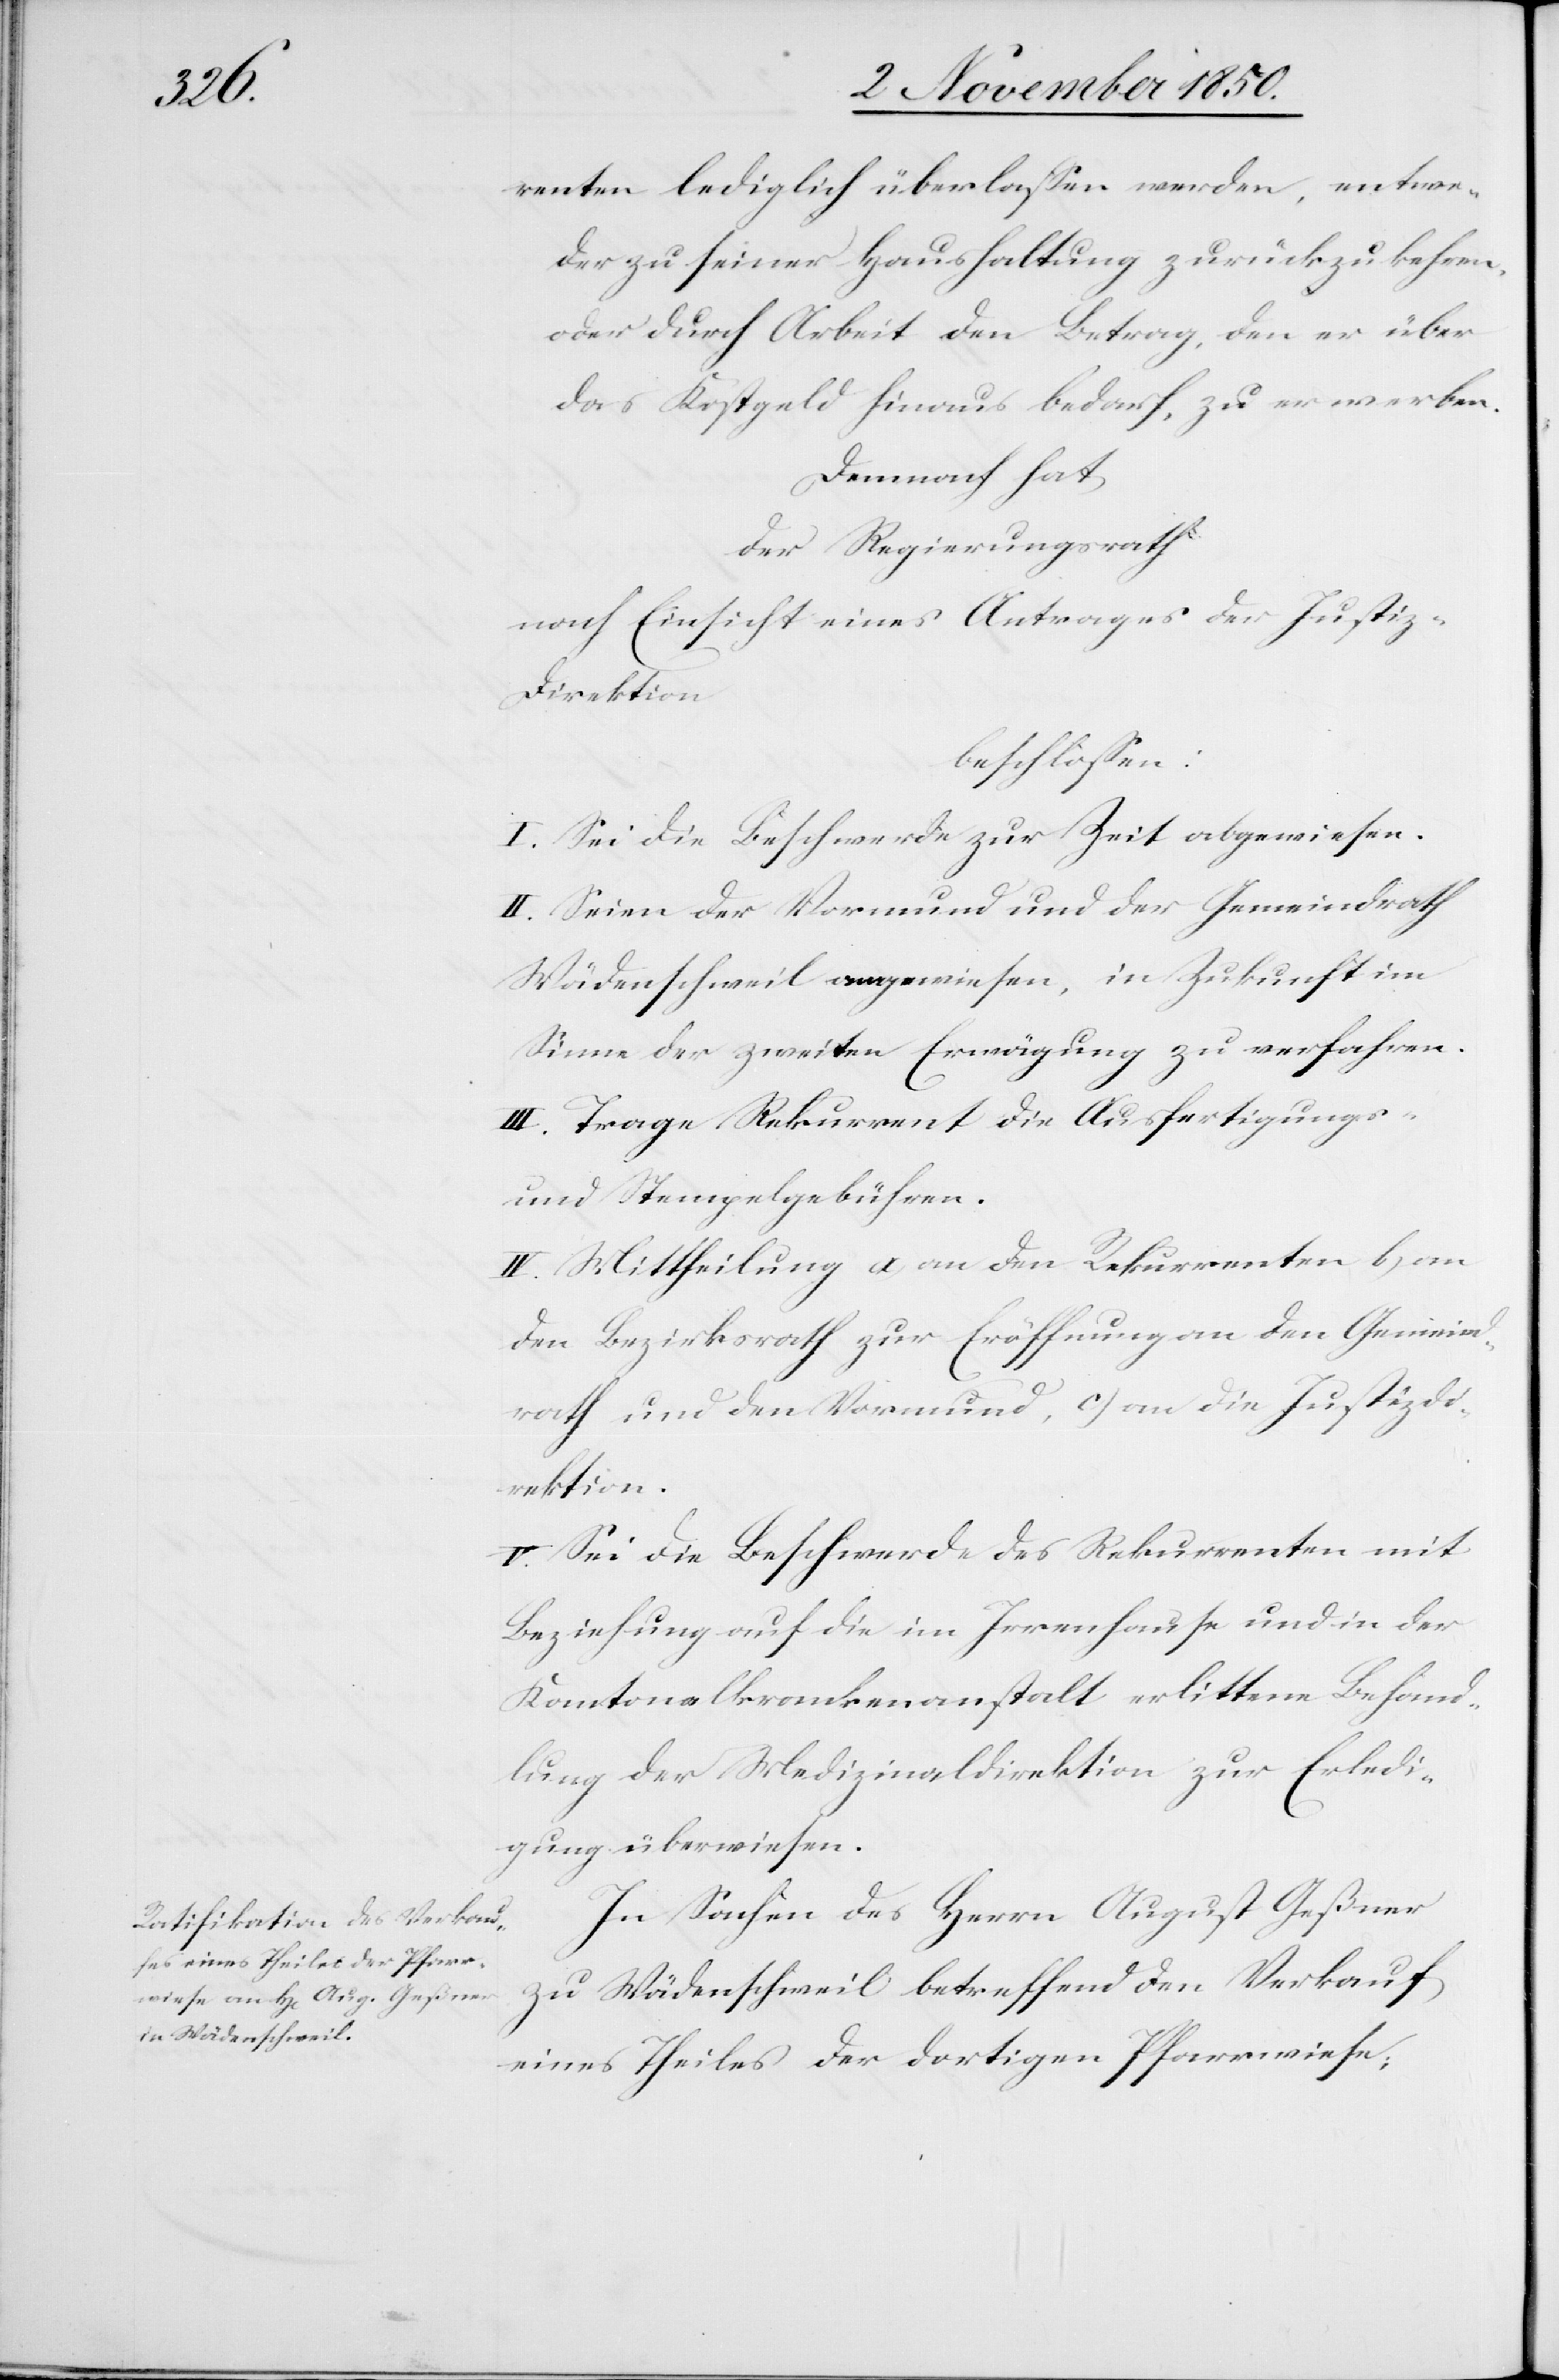
renten lediglich überlassen werden, entwe¬
der zu seiner Haushaltung zurückzukehren,
oder durch Arbeit den Betrag, den er über
das Kostgeld hinaus bedarf, zu erwerben.
Demnach hat
der Regierungsrath
nach Einsicht eines Antrages der Justiz-D¬
irektion
beschlossen:
I. Sei die Beschwerde zur Zeit abgewiesen.
II. Seien der Vormund und der Gemeindrath
Wädenschweil angewiesen, in Zukunft im
Sinne der zweiten Erwägung zu verfahren.
III. Trage Rekurrent die Ausfertigungs-
und Stempelgebühren.
IV. Mittheilung a) an den Rekurrenten b) an
den Bezirksrath zur Eröffnung an den Gemeind¬
rath und den Vormund, c) an die Justizdi¬
rektion.
V. Sei die Beschwerde des Rekurrenten mit
Beziehung auf die im Irrenhause und in der
Kantonalkrankenanstalt erlittene Behand¬
lung der Medizinaldirektion zur Erledi¬
gung überwiesen.
In Sachen des Herrn August Geßner
zu Wädenschweil betreffend den Verkauf
eines Theiles der dortigen Pfarrwiese;